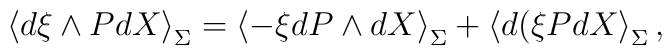
\left\langle d\xi \wedge PdX\right\rangle_{\Sigma} =  \left\langle -\xi  dP\wedge dX\right\rangle_{\Sigma} +  \left\langle d (\xi  P dX\right\rangle_{\Sigma},\nonumber